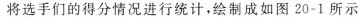
将选手们的得分情况进行统计，绘制成如图20-1所示